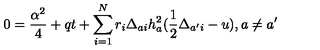
0 = { \frac { \alpha ^ { 2 } } { 4 } } + q t + \sum _ { i = 1 } ^ { N } r _ { i } \Delta _ { a i } h _ { a } ^ { 2 } ( { \frac { 1 } { 2 } } \Delta _ { a ^ { \prime } i } - u ) , a \not = a ^ { \prime }